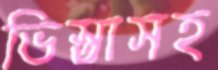
ভিস্তাসহ